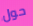
حول